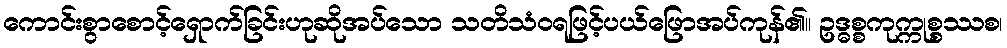
ကောင်းစွာစောင့်ရှောက်ခြင်းဟုဆိုအပ်သော သတိသံဝရဖြင့်ပယ်ဖြောအပ်ကုန်၏။ ဥဒ္ဓစ္စကုက္ကုစ္စဿစ၊